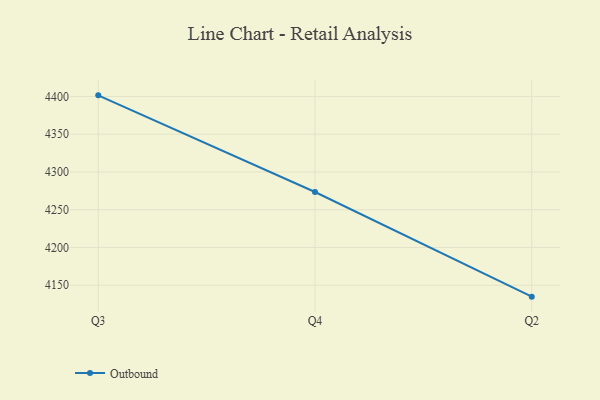
{"axis": {"x": "Quarter", "y": "Demand Index"}, "legend": ["Outbound"], "data": [{"x": "Q3", "y": 4401.4, "type": "Outbound"}, {"x": "Q4", "y": 4273.4, "type": "Outbound"}, {"x": "Q2", "y": 4134.9, "type": "Outbound"}]}